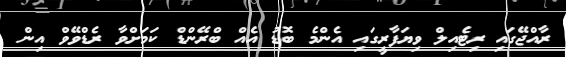
ރާއްޖޭގައި ރިޓެއިލް ވިޔަފާރީގައި އެންމެ ބޮޑު އެއް ބްރޭންޑް ކަމަށްވާ ރެޑްވޭވް އިން